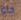
جاء